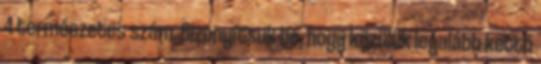
4 természetes szám. Bizonyítsuk be, hogy közülük legalább kettő